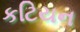
કટિયન